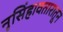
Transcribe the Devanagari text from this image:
नृसिंहावतारातून